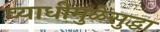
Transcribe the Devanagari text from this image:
व्याधीमुळेसुद्धा